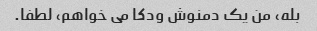
بله، من یک دمنوش ودکا می خواهم، لطفا.